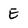
Character: E